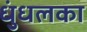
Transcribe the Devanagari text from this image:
धुंधलका